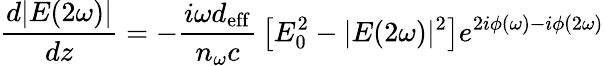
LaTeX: {\frac{d|E(2\omega)|}{dz}}=-{\frac{i\omega d_{\mathrm{eff}}}{n_{\omega}c}}\left[E_{0}^{2}-|E(2\omega)|^{2}\right]e^{2i\phi(\omega)-i\phi(2\omega)}